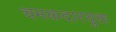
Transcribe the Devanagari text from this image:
चमकदारयुक्त